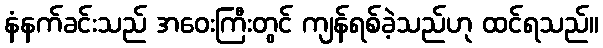
နံနက်ခင်းသည် အဝေးကြီးတွင် ကျန်ရစ်ခဲ့သည်ဟု ထင်ရသည်။